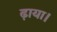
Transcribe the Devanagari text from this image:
ढ़ाया।